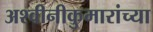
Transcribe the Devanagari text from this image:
अश्वीनीकुमारांच्या